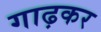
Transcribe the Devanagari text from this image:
गाढ़कर